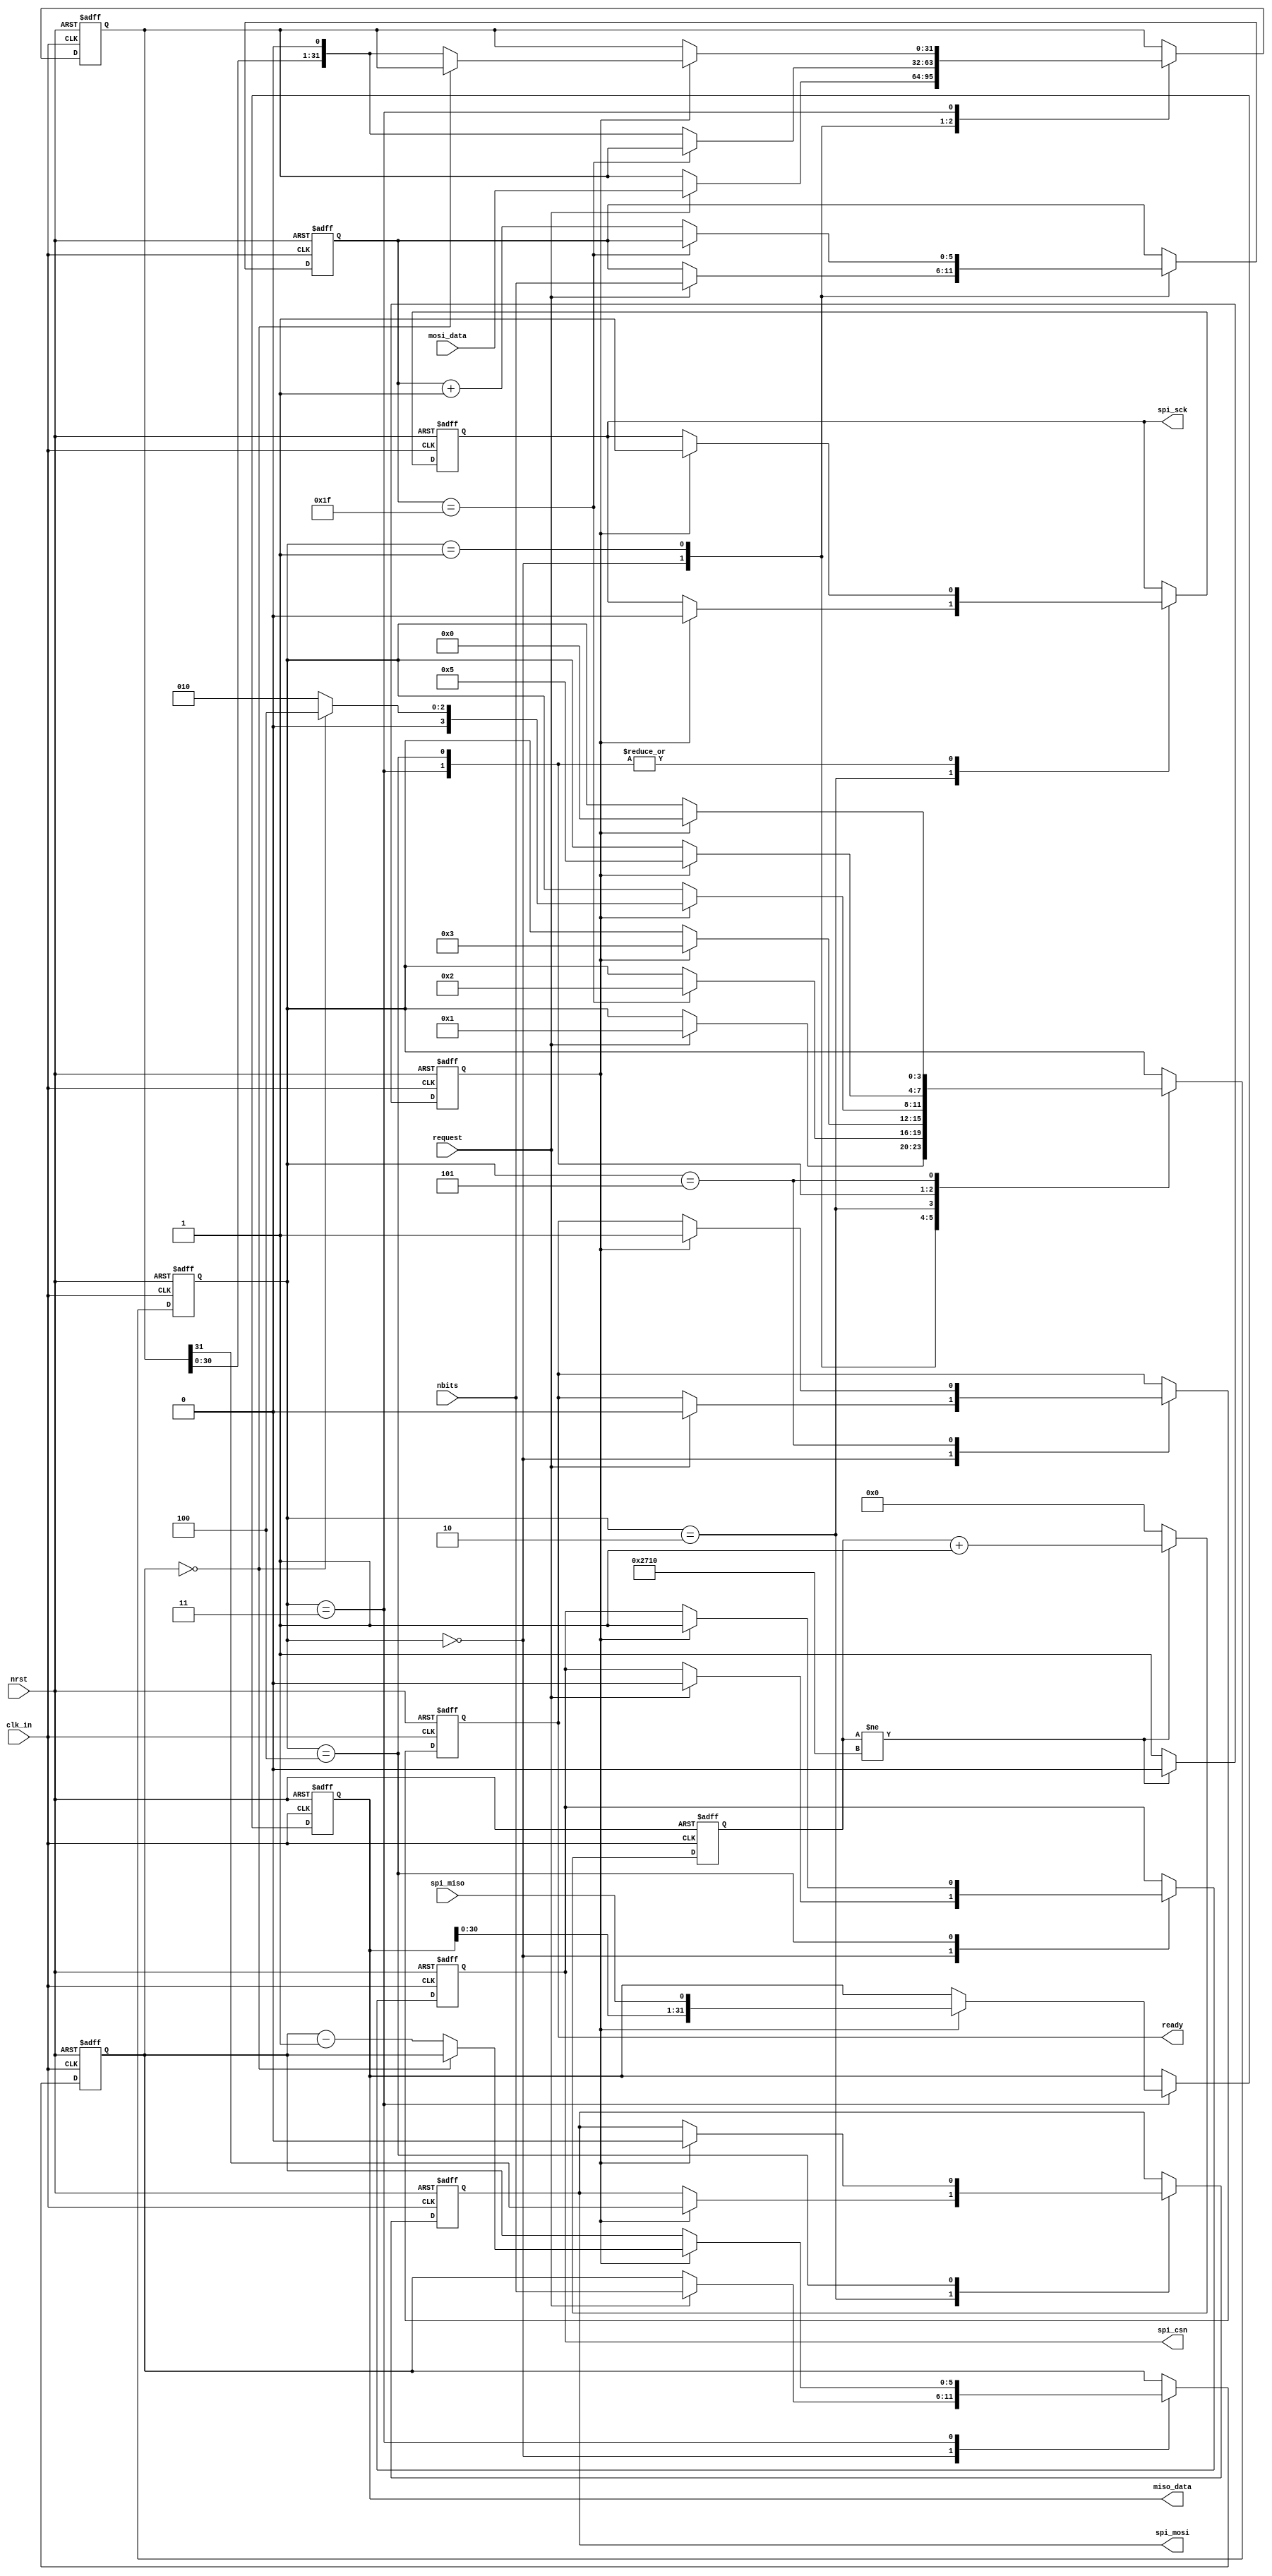
module spi_master (
	input wire clk_in, // Logic clock 
	input wire nrst, // SPI is active when nreset is HIGH
	
	output reg spi_sck, // SPI clock output
	output reg spi_mosi, // SPI master data output, slave data input
	input wire spi_miso, // SPI master data input, slave data output
	output reg spi_csn, // SPI CSN output (active LOW)
	
	input wire [31:0] mosi_data, // Parallel FPGA data write to SPI
	output reg [31:0] miso_data, // Parallel FPGA data read from SPI
	input wire [5:0] nbits, // Number of bits: nbits==0 means 1 bit
	
	input wire request, // Request to start transfer: Active HIGH
	output reg ready // Active HIGH when transfer has finished
);

parameter div_coef = 32'd10000;

// Frequency divider 
reg [31:0] divider;
reg divider_out;
always @(posedge clk_in or negedge nrst) begin
	if (nrst == 1'b0) begin
		divider <= 32'b0;
		divider_out <= 1'b0;
	end else begin
		if (divider != div_coef) begin
			divider <= divider + 1;
			divider_out <= 1'b0;
		end else begin
			divider <= 32'b0;
			divider_out <= 1'b1;
		end
	end
end

localparam 
	STATE_Idle = 4'd0,
	STATE_Run = 4'd1,
	STATE_High = 4'd2,
	STATE_Low = 4'd3,
	STATE_Finish = 4'd4,
	STATE_End = 4'd5;
	
reg [3:0] state;
reg [31:0] data_in_reg;
reg [5:0] nbits_reg;
reg [5:0] bit_counter;

always @(posedge clk_in or negedge nrst)
	if (nrst == 1'b0) begin
		spi_csn <= 1'b1;
		spi_sck <= 1'b1;
		spi_mosi <= 1'b1;
		ready <= 1'b0;
		miso_data <= 32'b0;
		
		data_in_reg <= 32'b0;
		nbits_reg <= 6'b0;
		bit_counter <= 6'b0;
		
		state <= STATE_Idle;
	end else begin
		case (state)
			STATE_Idle: begin
				if (request) begin
					state <= STATE_Run;
					ready <= 1'b0;
					spi_csn <= 1'b0;
					data_in_reg <= mosi_data;
					nbits_reg <= nbits;
					bit_counter <= nbits;
				end
			end
			
			STATE_Run: begin
				if (nbits_reg == 6'b011111) begin
					state <= STATE_High;
				end else begin
					data_in_reg <= data_in_reg << 1;
					nbits_reg <= nbits_reg + 6'b1;
				end
			end
			
			STATE_High: if (divider_out) begin
				state <= STATE_Low;
				spi_sck <= 1'b0;
				spi_mosi <= data_in_reg[31];
			end
			
			STATE_Low: if (divider_out) begin
				if (bit_counter == 6'b0) begin
					state <= STATE_Finish;
				end else begin
					state <= STATE_High;
					bit_counter <= bit_counter - 6'b1;
					data_in_reg <= data_in_reg << 1'b1; // this must be out of the if (counter==0)?
				end
				spi_sck <= 1'b1;
				miso_data <= {miso_data[30:0], spi_miso}; // Sample MISO at SCK posedge	
			end
			
			STATE_Finish: if (divider_out) begin
				state <= STATE_End;
				spi_csn <= 1'b1;
				spi_sck <= 1'b1;
				spi_mosi <= 1'b0;
			end
			
			STATE_End: if (divider_out) begin
				state <= STATE_Idle;
				ready <= 1'b1;
			end
		endcase
	end
endmodule